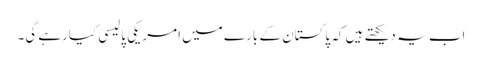
اب یہ دیکھتے ہیں کہ پاکستان کے بارے میں امریکی پالیسی کیارہے گی۔